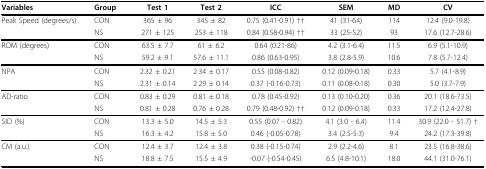
<table><thead><tr><td><b>Variables</b></td><td><b>Group</b></td><td><b>Test 1</b></td><td><b>Test 2</b></td><td><b>ICC</b></td><td><b>SEM</b></td><td><b>MD</b></td><td><b>CV</b></td></tr></thead><tbody><tr><td>Peak Speed (degrees/s)</td><td>CON</td><td>365 ± 96</td><td>345 ± 82</td><td>0.75 (0.41-0.91) ††</td><td>41 (31-64)</td><td>114</td><td>12.4 (9.0-19.8)</td></tr><tr><td></td><td>NS</td><td>271 ± 125</td><td>253 ± 118</td><td>0.84 (0.58-0.94) ††</td><td>33 (25-52)</td><td>93</td><td>17.6 (12.7-28.6)</td></tr><tr><td>ROM (degrees)</td><td>CON</td><td>63.5 ± 7.7</td><td>61 ± 6.2</td><td>0.64 (0.21-86)</td><td>4.2 (3.1-6.4)</td><td>11.5</td><td>6.9 (5.1-10.9)</td></tr><tr><td></td><td>NS</td><td>59.2 ± 9.1</td><td>57.6 ± 11.1</td><td>0.86 (0.63-0.95)</td><td>3.8 (2.8-5.9)</td><td>10.6</td><td>7.8 (5.7-12.4)</td></tr><tr><td>NPA</td><td>CON</td><td>2.32 ± 0.21</td><td>2.34 ± 0.17</td><td>0.55 (0.08-0.82)</td><td>0.12 (0.09-0.18)</td><td>0.33</td><td>5.7 (4.1-8.9)</td></tr><tr><td></td><td>NS</td><td>2.31 ± 0.14</td><td>2.29 ± 0.14</td><td>0.37 (-0.16-0.73)</td><td>0.11 (0.08-0.18)</td><td>0.30</td><td>5.0 (3.7-7.9)</td></tr><tr><td>AD-ratio</td><td>CON</td><td>0.83 ± 0.29</td><td>0.81 ± 0.18</td><td>0.78 (0.45-0.92)</td><td>0.13 (0.10-0.20)</td><td>0.36</td><td>20.1 (18.6-73.5)</td></tr><tr><td></td><td>NS</td><td>0.81 ± 0.28</td><td>0.76 ± 0.28</td><td>0.79 (0.48-0.92) ††</td><td>0.12 (0.09-0.18)</td><td>0.33</td><td>17.2 (12.4-27.8)</td></tr><tr><td>SID (%)</td><td>CON</td><td>13.3 ± 5.0</td><td>14.5 ± 5.3</td><td>0.55 (0.07 - 0.82)</td><td>4.1 (3.0 - 6.4)</td><td>11.4</td><td>30.9 (22.0 - 51.7) †</td></tr><tr><td></td><td>NS</td><td>16.3 ± 4.2</td><td>15.8 ± 5.0</td><td>0.46 (-0.05-0.78)</td><td>3.4 (2.5-5.3)</td><td>9.4</td><td>24.2 (17.3-39.8)</td></tr><tr><td>CM (a.u.)</td><td>CON</td><td>12.4 ± 3.7</td><td>12.4 ± 3.8</td><td>0.38 (-0.15-0.74)</td><td>2.9 (2.2-4.6)</td><td>8.1</td><td>23.5 (16.8-38.6)</td></tr><tr><td></td><td>NS</td><td>18.8 ± 7.5</td><td>15.5 ± 4.9</td><td>-0.07 (-0.54-0.45)</td><td>6.5 (4.8-10.1)</td><td>18.0</td><td>44.1 (31.0-76.1)</td></tr></tbody></table>